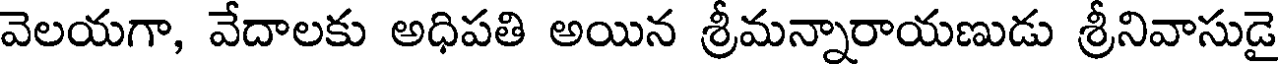
వెలయగా, వేదాలకు అధిపతి అయిన శ్రీమన్నారాయణుడు శ్రీనివాసుడై